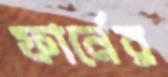
ফার্নের